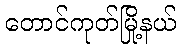
တောင်ကုတ်မြို့နယ်